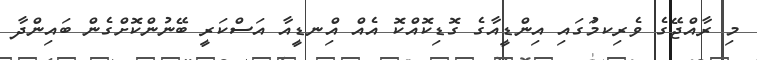
މި ރާއްޖޭގެ ވެރިކމަުގައި އިންޑީއާގެ ގޮޑިކޮއްކޮ އެއް އިްނޑީއާ އަސްކަރީ ބޭނުންކޮށްގެން ބައިންދާ